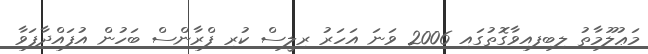
މަޢުލޫމާތު ލިބިފއިވާގޮތުގައި 2006 ވަނަ އަހަރު ރިލީސް ކުރި ފްރާންސް ބަހުން އުފައްދާފަވާ